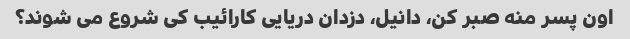
اون پسر منه صبر کن، دانیل، دزدان دریایی کارائیب کی شروع می شوند؟